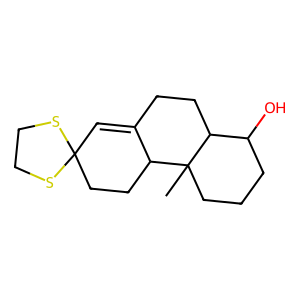
SMILES: CC12CCCC(O)C1CCC1=CC3(CCC12)SCCS3
Inhibits HIV replication: No